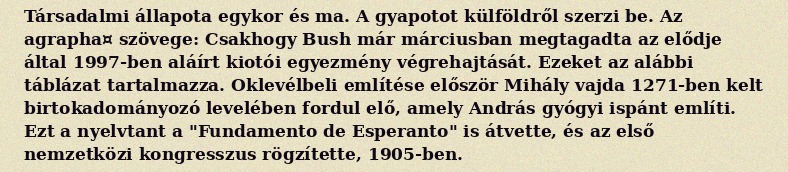
Társadalmi állapota egykor és ma. A gyapotot külföldről szerzi be. Az agrapha¤ szövege: Csakhogy Bush már márciusban megtagadta az elődje által 1997-ben aláírt kiotói egyezmény végrehajtását. Ezeket az alábbi táblázat tartalmazza. Oklevélbeli említése először Mihály vajda 1271-ben kelt birtokadományozó levelében fordul elő, amely András gyógyi ispánt említi. Ezt a nyelvtant a "Fundamento de Esperanto" is átvette, és az első nemzetközi kongresszus rögzítette, 1905-ben.